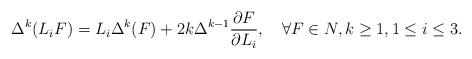
LaTeX: \begin{align*}\Delta^k (L_i F) = L_i \Delta^k (F) + 2k \Delta^{k-1}{\partial F\over\partial L_i},\quad \forall F\in N, k\geq 1, 1\leq i\leq 3.\end{align*}